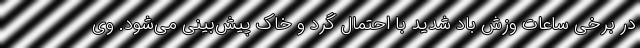
در برخی ساعات وزش باد شدید با احتمال گرد و خاک پیش‌بینی می‌شود. وی